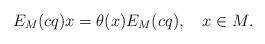
LaTeX: \begin{align*}E_M(cq)x=\theta(x)E_M(cq),\ \ \ x\in M.\end{align*}